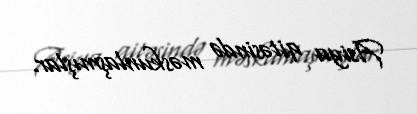
Asiya qitəsində məskunlaşmışlar.